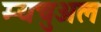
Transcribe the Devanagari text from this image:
म्यचुअल